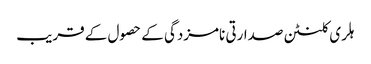
ہلری کلنٹن صدارتی نامزدگی کے حصول کے قریب